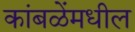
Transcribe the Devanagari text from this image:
कांबळेंमधील